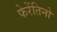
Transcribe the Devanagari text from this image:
फेरेंतिनो